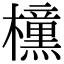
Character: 𭬯